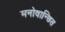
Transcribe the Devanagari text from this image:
मनोवान्छित